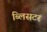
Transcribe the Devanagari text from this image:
ब्लिसटर